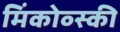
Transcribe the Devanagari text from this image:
मिंकोव्स्की